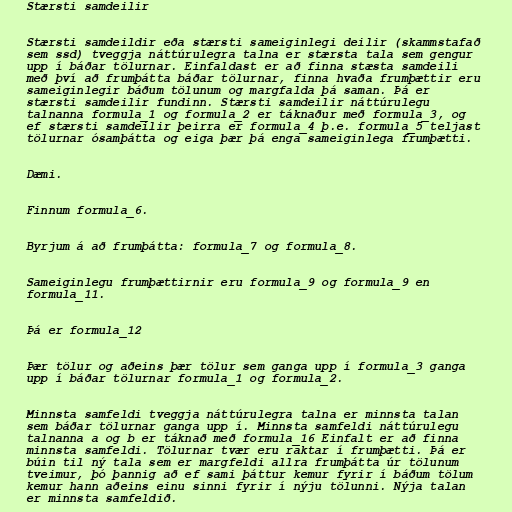
Stærsti samdeilir

Stærsti samdeildir eða stærsti sameiginlegi deilir (skammstafað
sem ssd) tveggja náttúrulegra talna er stærsta tala sem gengur
upp í báðar tölurnar. Einfaldast er að finna stæsta samdeili
með því að frumþátta báðar tölurnar, finna hvaða frumþættir eru
sameiginlegir báðum tölunum og margfalda þá saman. Þá er
stærsti samdeilir fundinn. Stærsti samdeilir náttúrulegu
talnanna formula_1 og formula_2 er táknaður með formula_3, og
ef stærsti samdeilir þeirra er formula_4 þ.e. formula_5 teljast
tölurnar ósamþátta og eiga þær þá enga sameiginlega frumþætti.

Dæmi.

Finnum formula_6.

Byrjum á að frumþátta: formula_7 og formula_8.

Sameiginlegu frumþættirnir eru formula_9 og formula_9 en
formula_11.

Þá er formula_12

Þær tölur og aðeins þær tölur sem ganga upp í formula_3 ganga
upp í báðar tölurnar formula_1 og formula_2.

Minnsta samfeldi tveggja náttúrulegra talna er minnsta talan
sem báðar tölurnar ganga upp í. Minnsta samfeldi náttúrulegu
talnanna a og b er táknað með formula_16 Einfalt er að finna
minnsta samfeldi. Tölurnar tvær eru raktar í frumþætti. Þá er
búin til ný tala sem er margfeldi allra frumþátta úr tölunum
tveimur, þó þannig að ef sami þáttur kemur fyrir í báðum tölum
kemur hann aðeins einu sinni fyrir í nýju tölunni. Nýja talan
er minnsta samfeldið.